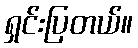
ရှင်းပြတယ်။